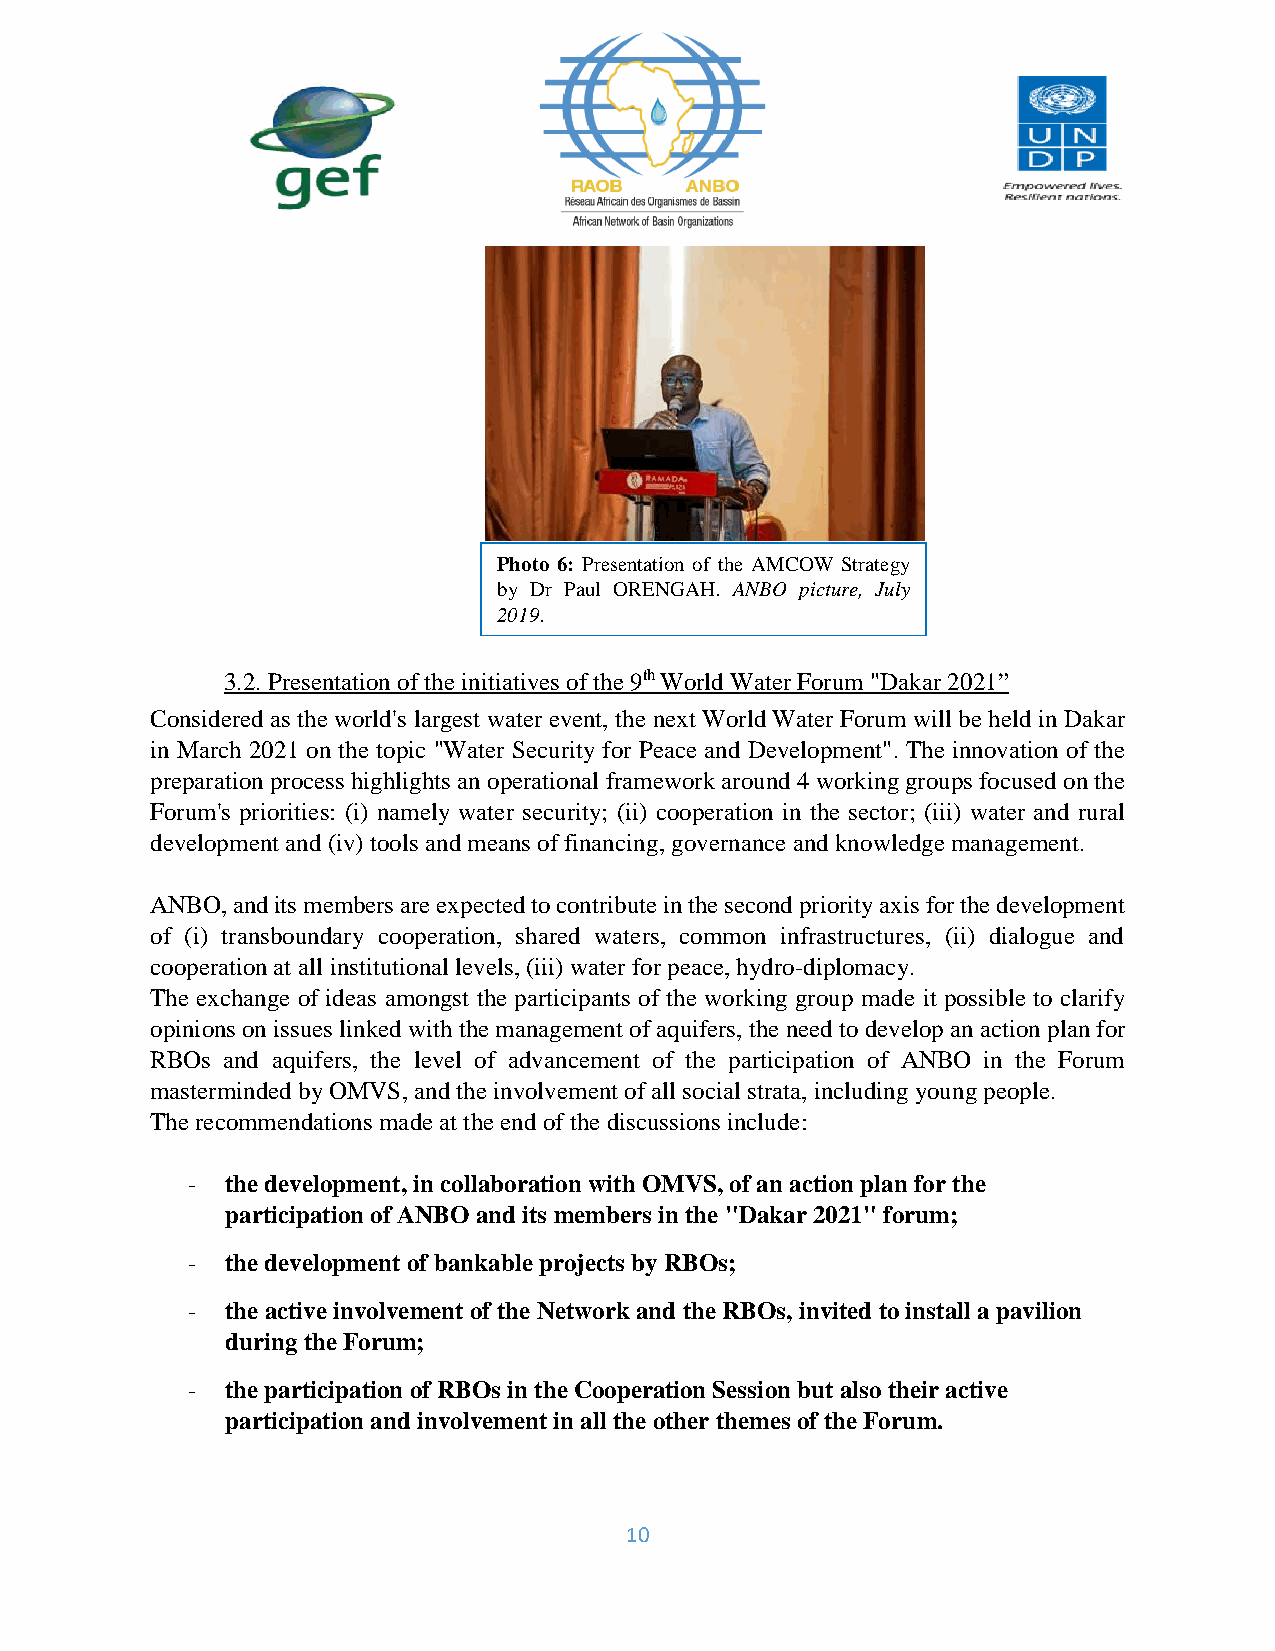
Photo 6: Presentation of the AMCOW Strategy
 by Dr Paul ORENGAH. ANBO picture, July
 2019.
 3.2. Presentation of the initiatives of the 9th World Water Forum "Dakar 2021”
 Considered as the world's largest water event, the next World Water Forum will be held in Dakar
 in March 2021 on the topic "Water Security for Peace and Development". The innovation of the
 preparation process highlights an operational framework around 4 working groups focused on the
 Forum's priorities: (i) namely water security; (ii) cooperation in the sector; (iii) water and rural
 development and (iv) tools and means of financing, governance and knowledge management.
 ANBO, and its members are expected to contribute in the second priority axis for the development
 of (i) transboundary cooperation, shared waters, common infrastructures, (ii) dialogue and
 cooperation at all institutional levels, (iii) water for peace, hydro-diplomacy.
 The exchange of ideas amongst the participants of the working group made it possible to clarify
 opinions on issues linked with the management of aquifers, the need to develop an action plan for
 RBOs and aquifers, the level of advancement of the participation of ANBO in the Forum
 masterminded by OMVS, and the involvement of all social strata, including young people.
 The recommendations made at the end of the discussions include:
 -  the development, in collaboration with OMVS, of an action plan for the
 participation of ANBO and its members in the "Dakar 2021" forum;
 -  the development of bankable projects by RBOs;
 -  the active involvement of the Network and the RBOs, invited to install a pavilion
 during the Forum;
 -  the participation of RBOs in the Cooperation Session but also their active
 participation and involvement in all the other themes of the Forum.
 10